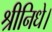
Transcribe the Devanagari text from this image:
श्रीनिधे।